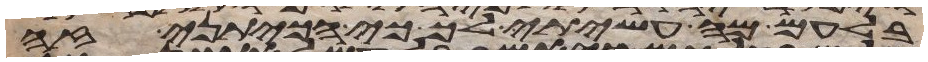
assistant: בלעם מה עשיתי לך כי הכיתני זה